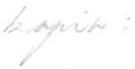
kopio: